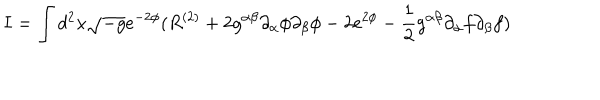
I = \int d ^ { 2 } x \sqrt { - g } e ^ { - 2 \phi } ( R ^ { ( 2 ) } + 2 g ^ { \alpha \beta } \partial _ { \alpha } \phi \partial _ { \beta } \phi - 2 e ^ { 2 \phi } - \frac { 1 } { 2 } g ^ { \alpha \beta } \partial _ { \alpha } f \partial _ { \beta } f )